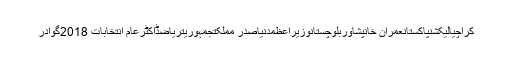
کراچیالیکشنپاکستانعمران خانپشاوربلوچستانوزیراعظمدنیاصدر مملکتجمہوریتریاضڈاکٹرعام انتخابات 2018گوادر